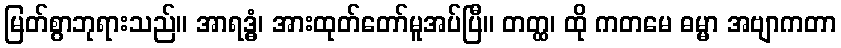
မြတ်စွာဘုရားသည်။ အာရဒ္ဓံ၊ အားထုတ်တော်မူအပ်ပြီ။ တတ္ထ၊ ထို ကတမေ ဓမ္မာ အဗျာကတာ